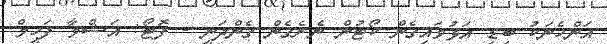
އަންހެނަކު ބިޑި އަޅުވައިގެން ކޯޓުން ނެރެގެން ގެންދަނީ - ފޮޓޯ: އަޝްވާ ފަހީމް